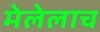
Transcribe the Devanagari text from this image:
मेलेलाच